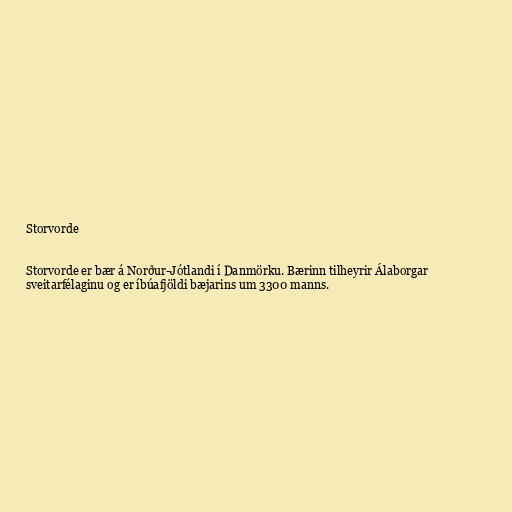
Storvorde

Storvorde er bær á Norður-Jótlandi í Danmörku. Bærinn tilheyrir Álaborgar
sveitarfélaginu og er íbúafjöldi bæjarins um 3300 manns.